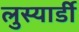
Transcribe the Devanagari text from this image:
लुस्यार्डी